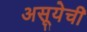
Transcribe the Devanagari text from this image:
असूयेची